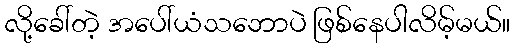
လို့ခေါ်တဲ့ အပေါ်ယံသဘောပဲ ဖြစ်နေပါလိမ့်မယ်။